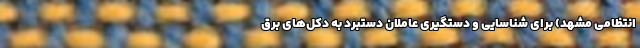
انتظامی مشهد) برای شناسایی و دستگیری عاملان دستبرد به دکل‌های برق